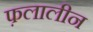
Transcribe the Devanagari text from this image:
फ़लालीन